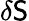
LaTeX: \delta\mathsf{S}